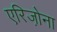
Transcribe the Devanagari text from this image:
एरिजो़ना